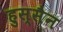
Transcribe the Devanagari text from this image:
हुस्सैन